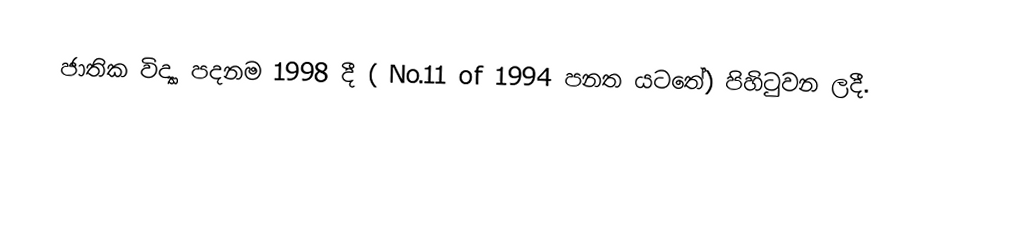
ජාතික විද්‍යා පදනම 1998 දී ( No.11 of 1994 පනත යටතේ) පිහිටුවන ලදී.